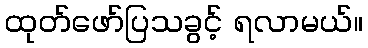
ထုတ်ဖော်ပြသခွင့် ရလာမယ်။